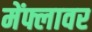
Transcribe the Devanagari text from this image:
मेंफ्लावर